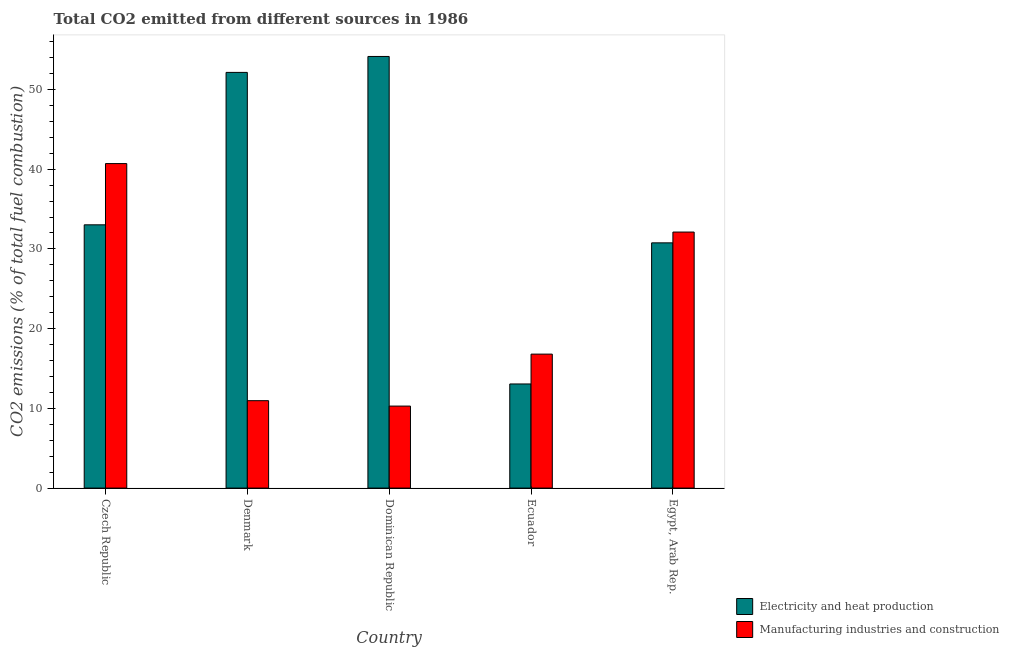
| Country | Electricity and heat production | Manufacturing industries and construction |
 | --- | --- | --- |
 | Czech Republic | 33 | 40.7 |
 | Denmark | 52.1 | 11 |
 | Dominican Republic | 54.1 | 10.3 |
 | Ecuador | 13.1 | 16.8 |
 | Egypt, Arab Rep. | 30.8 | 32.1 |